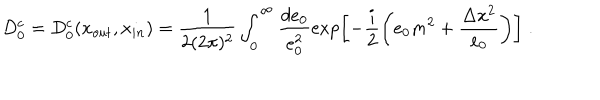
D _ { 0 } ^ { c } = D _ { 0 } ^ { c } ( x _ { o u t } , x _ { i n } ) = \frac { 1 } { 2 ( 2 \pi ) ^ { 2 } } \int _ { 0 } ^ { \infty } \frac { d e _ { 0 } } { e _ { 0 } ^ { 2 } } \exp \left[ - \frac { i } { 2 } \left( e _ { 0 } m ^ { 2 } + \frac { \Delta x ^ { 2 } } { e _ { 0 } } \right) \right] \; .